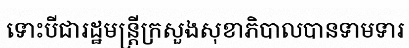
ទោះបីជារដ្ឋមន្ត្រីក្រសួងសុខាភិបាលបានទាមទារ